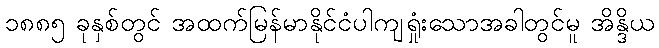
၁၈၈၅ ခုနှစ်တွင် အထက်မြန်မာနိုင်ငံပါကျရှုံးသောအခါတွင်မူ အိန္ဒိယ